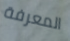
المعرفة